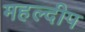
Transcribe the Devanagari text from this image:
महल्दीप